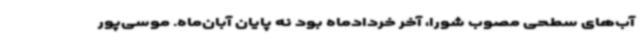
آب‌های سطحی مصوب شورا، آخر خردادماه بود نه پایان آبان‌ماه. موسی‌پور